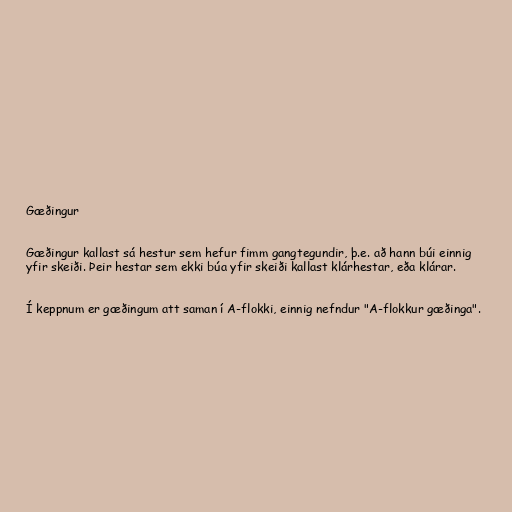
Gæðingur

Gæðingur kallast sá hestur sem hefur fimm gangtegundir, þ.e. að hann búi einnig
yfir skeiði. Þeir hestar sem ekki búa yfir skeiði kallast klárhestar, eða klárar.

Í keppnum er gæðingum att saman í A-flokki, einnig nefndur "A-flokkur gæðinga".